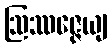
ဩဿဇ္ဇေယျ